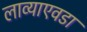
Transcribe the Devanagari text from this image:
लाव्याएवडा